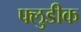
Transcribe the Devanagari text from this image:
फ्लुडीक